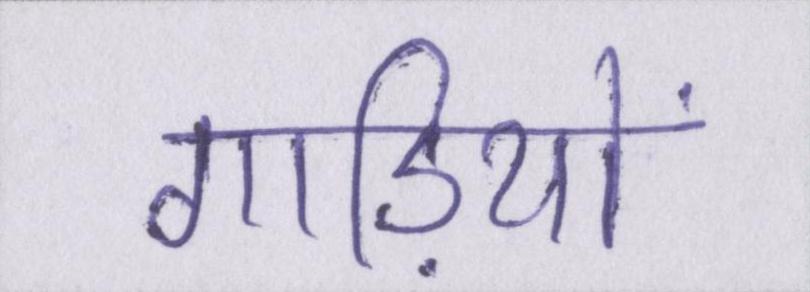
गाड़ियों